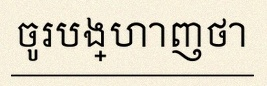
ចូរបង្ហាញថា